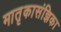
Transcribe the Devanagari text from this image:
मातृकासंज्ञिका